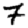
Digit: 7